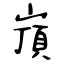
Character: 嵿